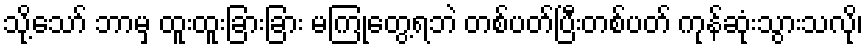
သို့သော် ဘာမှ ထူးထူးခြားခြား မကြုံတွေ့ရဘဲ တစ်ပတ်ပြီးတစ်ပတ် ကုန်ဆုံးသွားသလို၊